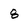
Character: 8